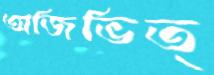
অজিভিত্